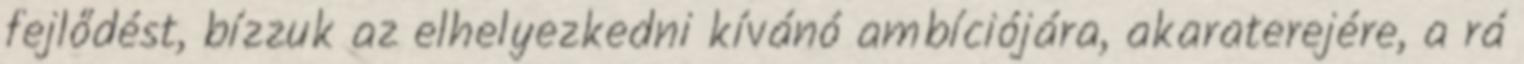
fejlődést, bízzuk az elhelyezkedni kívánó ambíciójára, akaraterejére, a rá